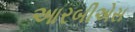
આરબીએસ